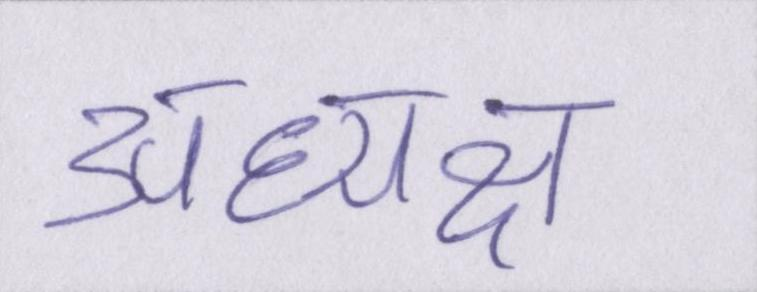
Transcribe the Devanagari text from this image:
अध्यक्ष